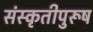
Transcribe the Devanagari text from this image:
संस्कृतीपुरूष